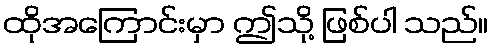
ထိုအကြောင်းမှာ ဤသို့ ဖြစ်ပါ သည်။